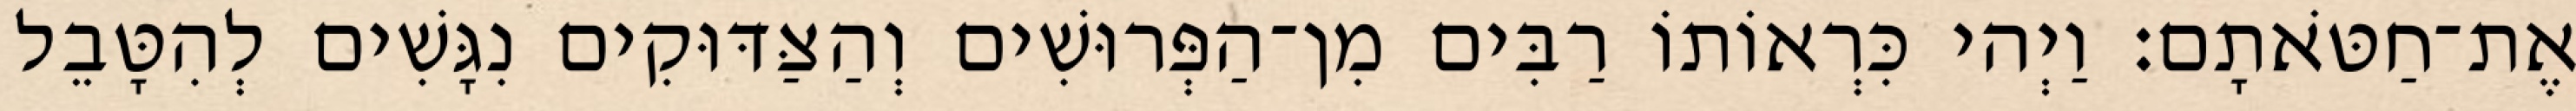
אֶת־חַטֹּאתָם׃ וַיְהי כִּרְאוֹתוֹ רַבִּים מִן־הַפְּרוּשִׁים וְהַצַּדּוּקִים נִגָּשִׁים לְהִטָּבֵל